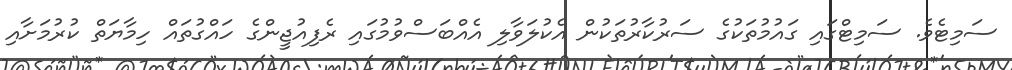
ސަމިޓެވެ. ސަމިޓްގައި ގައުމުތަކުގެ ސަރުކާރުތަކުން އެކުލަވާލި އެއްބަސްވުމުގައި ރެފިއުޖީންގެ ހައްގުތައް ހިމާޔަތް ކުރުމަށާއި